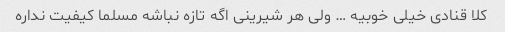
کلا قنادی خیلی خوبیه … ولی هر شیرینی اگه تازه نباشه مسلما کیفیت نداره